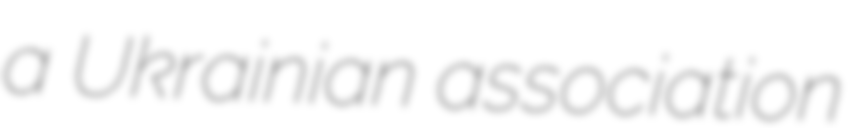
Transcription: a Ukrainian association